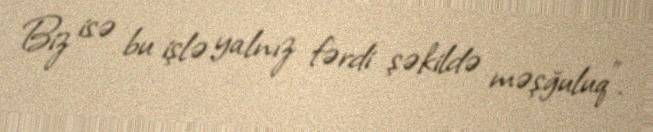
Biz isə bu işlə yalnız fərdi şəkildə məşğuluq”.